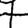
Digit: 7